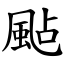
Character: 颭